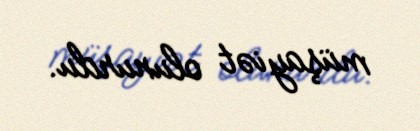
müşayiət olunurdu.